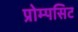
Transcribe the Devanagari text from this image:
प्रोम्पसिट